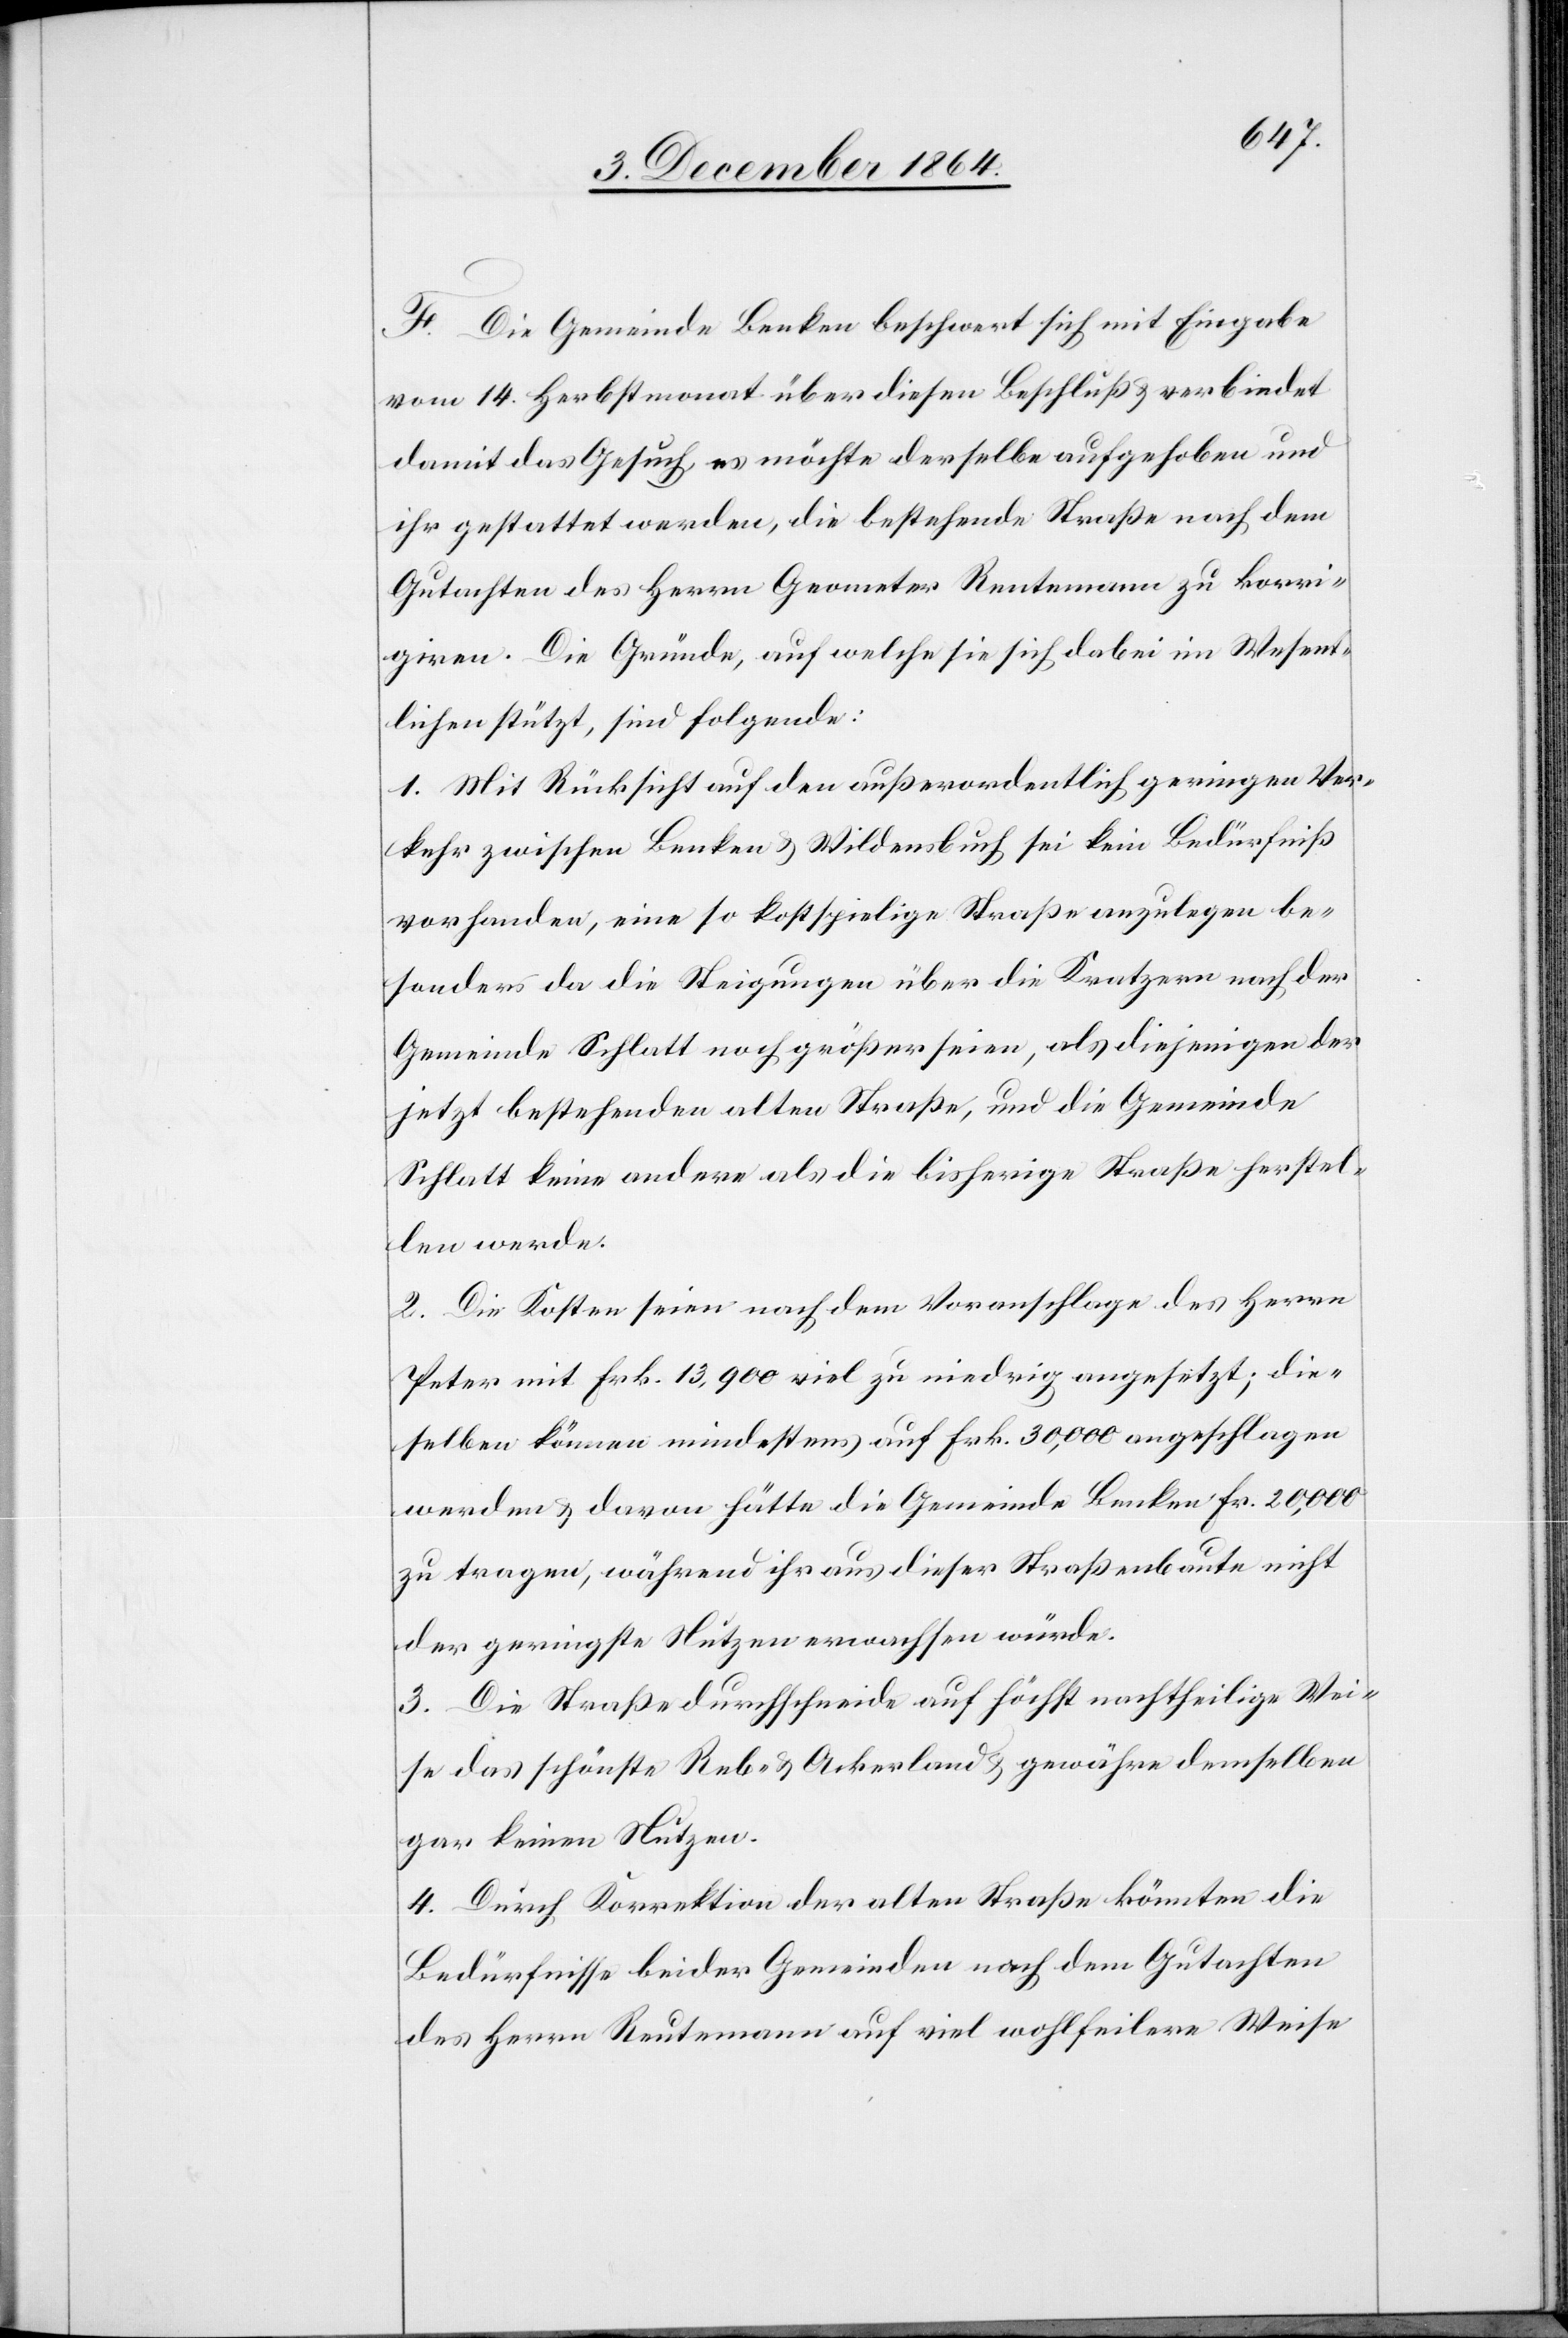
F. Die Gemeinde Benken beschwert sich mit Eingabe
vom 14. Herbstmonat über diesen Beschluß & verbindet
damit das Gesuch, es möchte derselbe aufgehoben und
ihr gestattet werden, die bestehende Straße nach dem
Gutachten des Herrn Geometer Reutemann zu korri¬
giren. Die Gründe, auf welche sie sich dabei im Wesent¬
lichen stützt, sind folgende:
1. Mit Rücksicht auf den außerordentlich geringen Ver¬
kehr zwischen Benken & Wildensbuch sei kein Bedürfniß
vorhanden, eine so kostspielige Straße anzulegen be¬
sonders da die Steigungen über die Kratzern nach der
Gemeinde Schlatt noch größer seien, als diejenigen der
jetzt bestehenden alten Straße, und die Gemeinde
Schlatt keine andere als die bisherige Straße herstel¬
len werde.
2. Die Kosten seien nach dem Voranschlage des Herrn
Peter mit Frk. 13,900 viel zu niederig angesetzt; die¬
selben können mindestens auf Frk. 30,000 angeschlagen
werden & davon hätte die Gemeinde Benken Frk. 20,000
zu tragen, während ihr aus dieser Straßenbaute nicht
der geringste Nutzen erwachsen würde.
3. Die Straße durchschneide auf höchst nachtheilige Wei¬
se das schönste Reb- & Ackerland & gewähre demselben
gar keinen Nutzen.
4. Durch Korrektion der alten Straße könnten die
Bedürfnisse beider Gemeinden nach dem Gutachten
des Herrn Reutemann auf viel wohlfeilere Weise